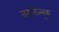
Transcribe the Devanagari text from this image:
कामोत्सुक